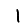
Digit: 1